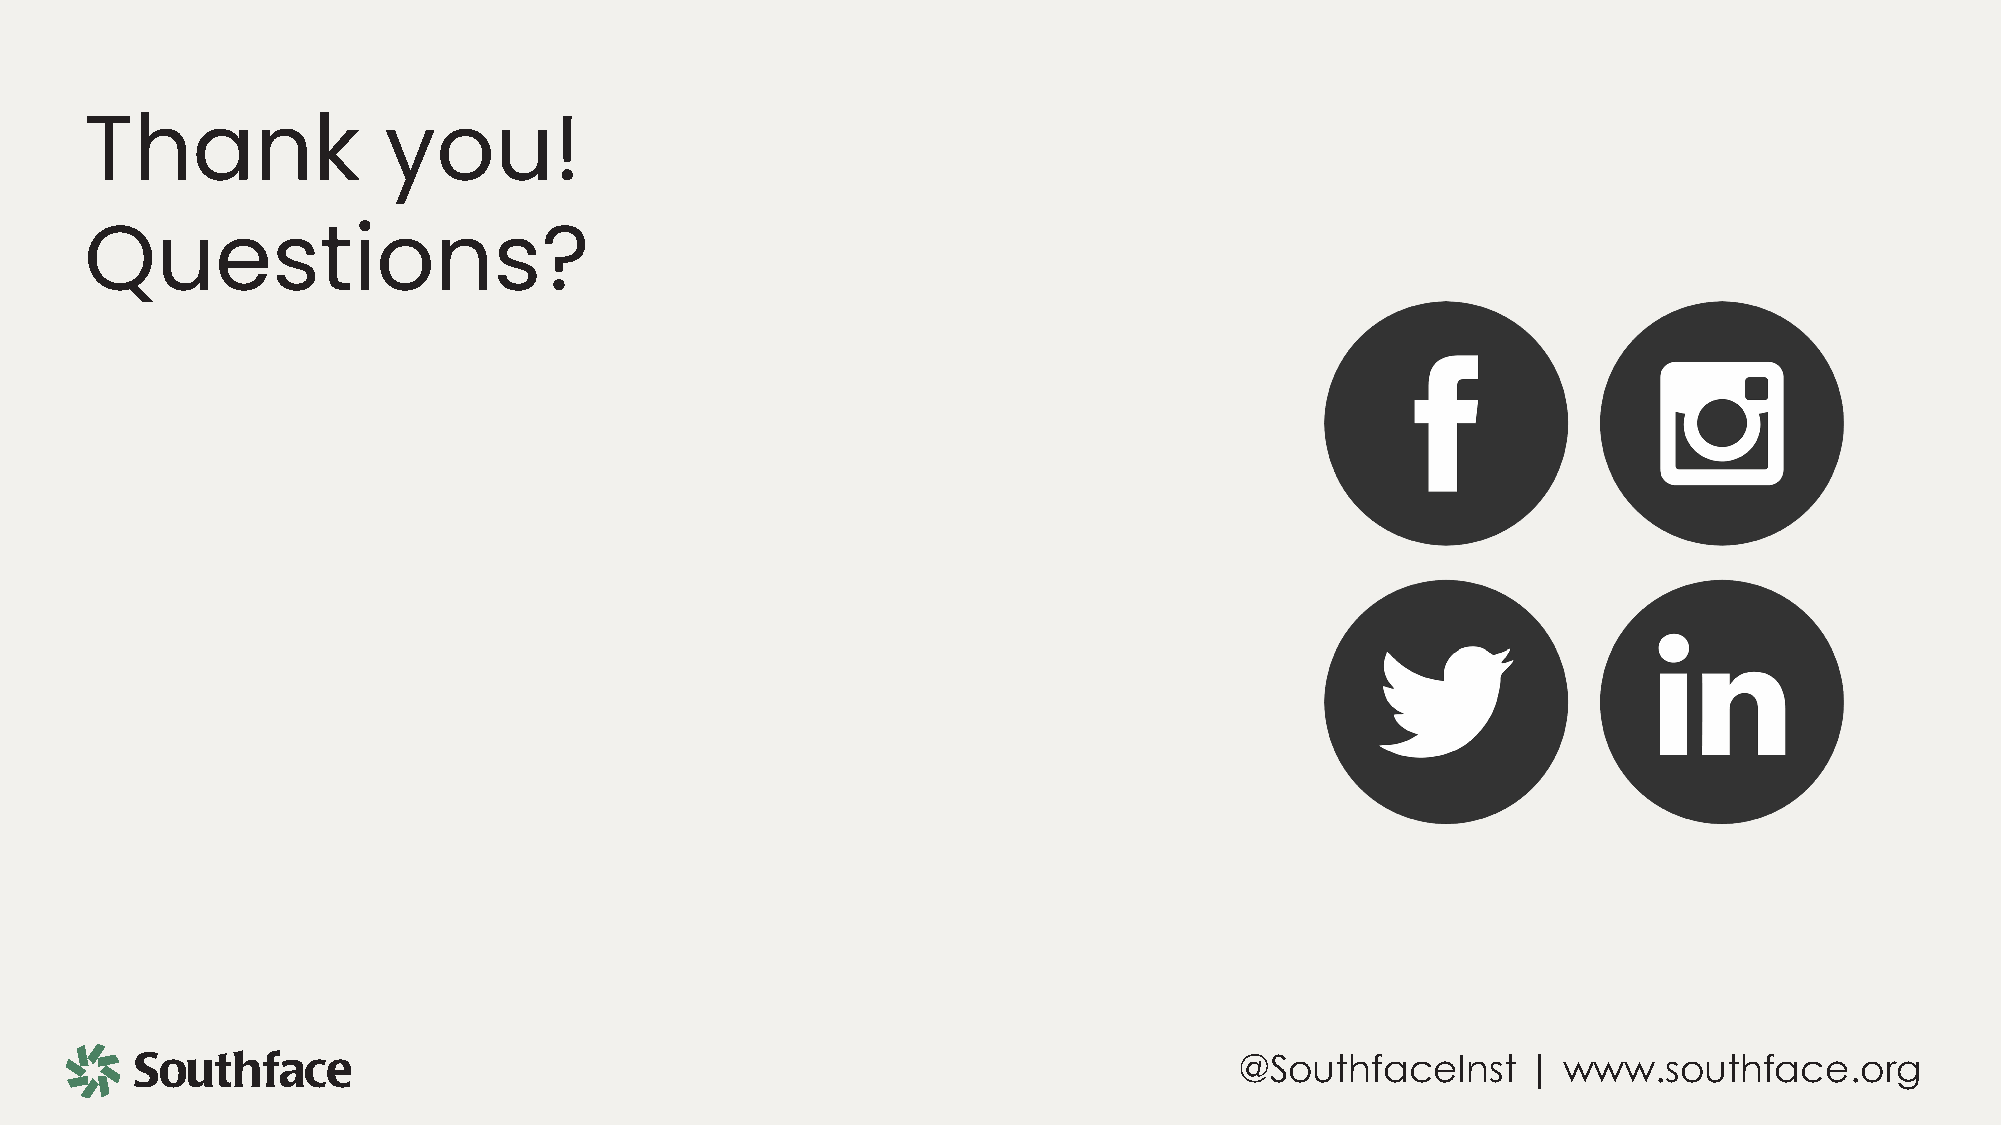
Thank              you!
 Questions?
 @SouthfaceInst     | www.southface.org